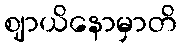
ဈာယိနောမှာတိ